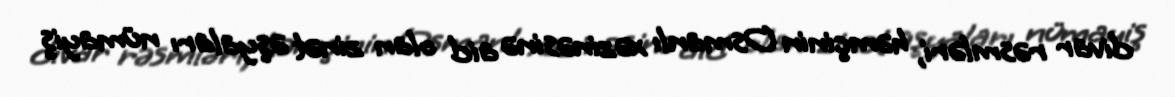
divar rəsmləri, həmçinin Osmanlı xəzinəsinə aid olan zinət əşyaları nümayiş